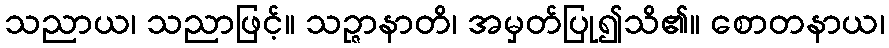
သညာယ၊ သညာဖြင့်။ သဉ္ဇာနာတိ၊ အမှတ်ပြု၍သိ၏။ စောတနာယ၊